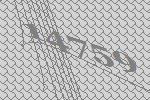
14759